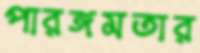
পারঙ্গমতার